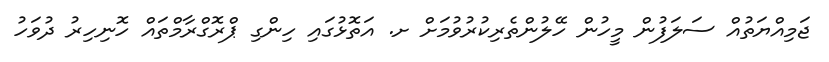
ޖަމިއްޔަތުއް ސަލަފުން މީހުން ހޭލުންތެރިކުރުވުމަށް ށ. އަތޮޅުގައި ހިންގި ޕްރޮގްރާމްތައް ހޮނިހިރު ދުވަހު